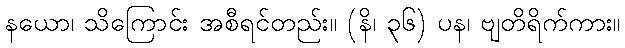
နယော၊ သိကြောင်း အစီရင်တည်း။ (နိ၊ ၃၆) ပန၊ ဗျတိရိက်ကား။